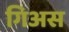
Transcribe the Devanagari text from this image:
गिअस